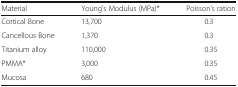
| Material | Young’s Modulus (MPa)* | Poisson’s ration |
 | --- | --- | --- |
 | Cortical Bone | 13,700 | 0.3 |
 | Cancellous Bone | 1,370 | 0.3 |
 | Titanium alloy | 110,000 | 0.35 |
 | PMMA* | 3,000 | 0.35 |
 | Mucosa | 680 | 0.45 |